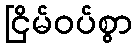
ငြိမ်ဝပ်စွာ